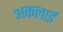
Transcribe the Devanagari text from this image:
अकलाई